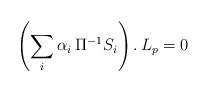
LaTeX: \begin{align*} \left( \sum_{i} \alpha_i\, \Pi^{-1} S_i \right) .\, L_p = 0\end{align*}